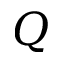
Q